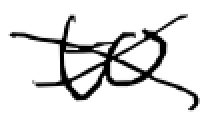
Text: to
Cross-out: cross
Writing tool: digital_black